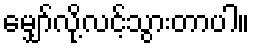
မျှော်လို့လင့်သွားတာပါ။